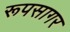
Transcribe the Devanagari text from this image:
रूपसागर